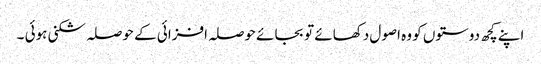
اپنے کچھ دوستوں کو وہ اصول دکھائے تو بجائے حوصلہ افزائی کے حوصلہ شکنی ہوئی ۔